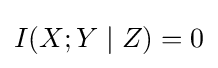
I(X;Y\mid Z)=0